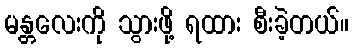
မန္တလေးကို သွားဖို့ ရထား စီးခဲ့တယ်။